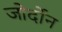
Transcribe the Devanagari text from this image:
जोर्दोन